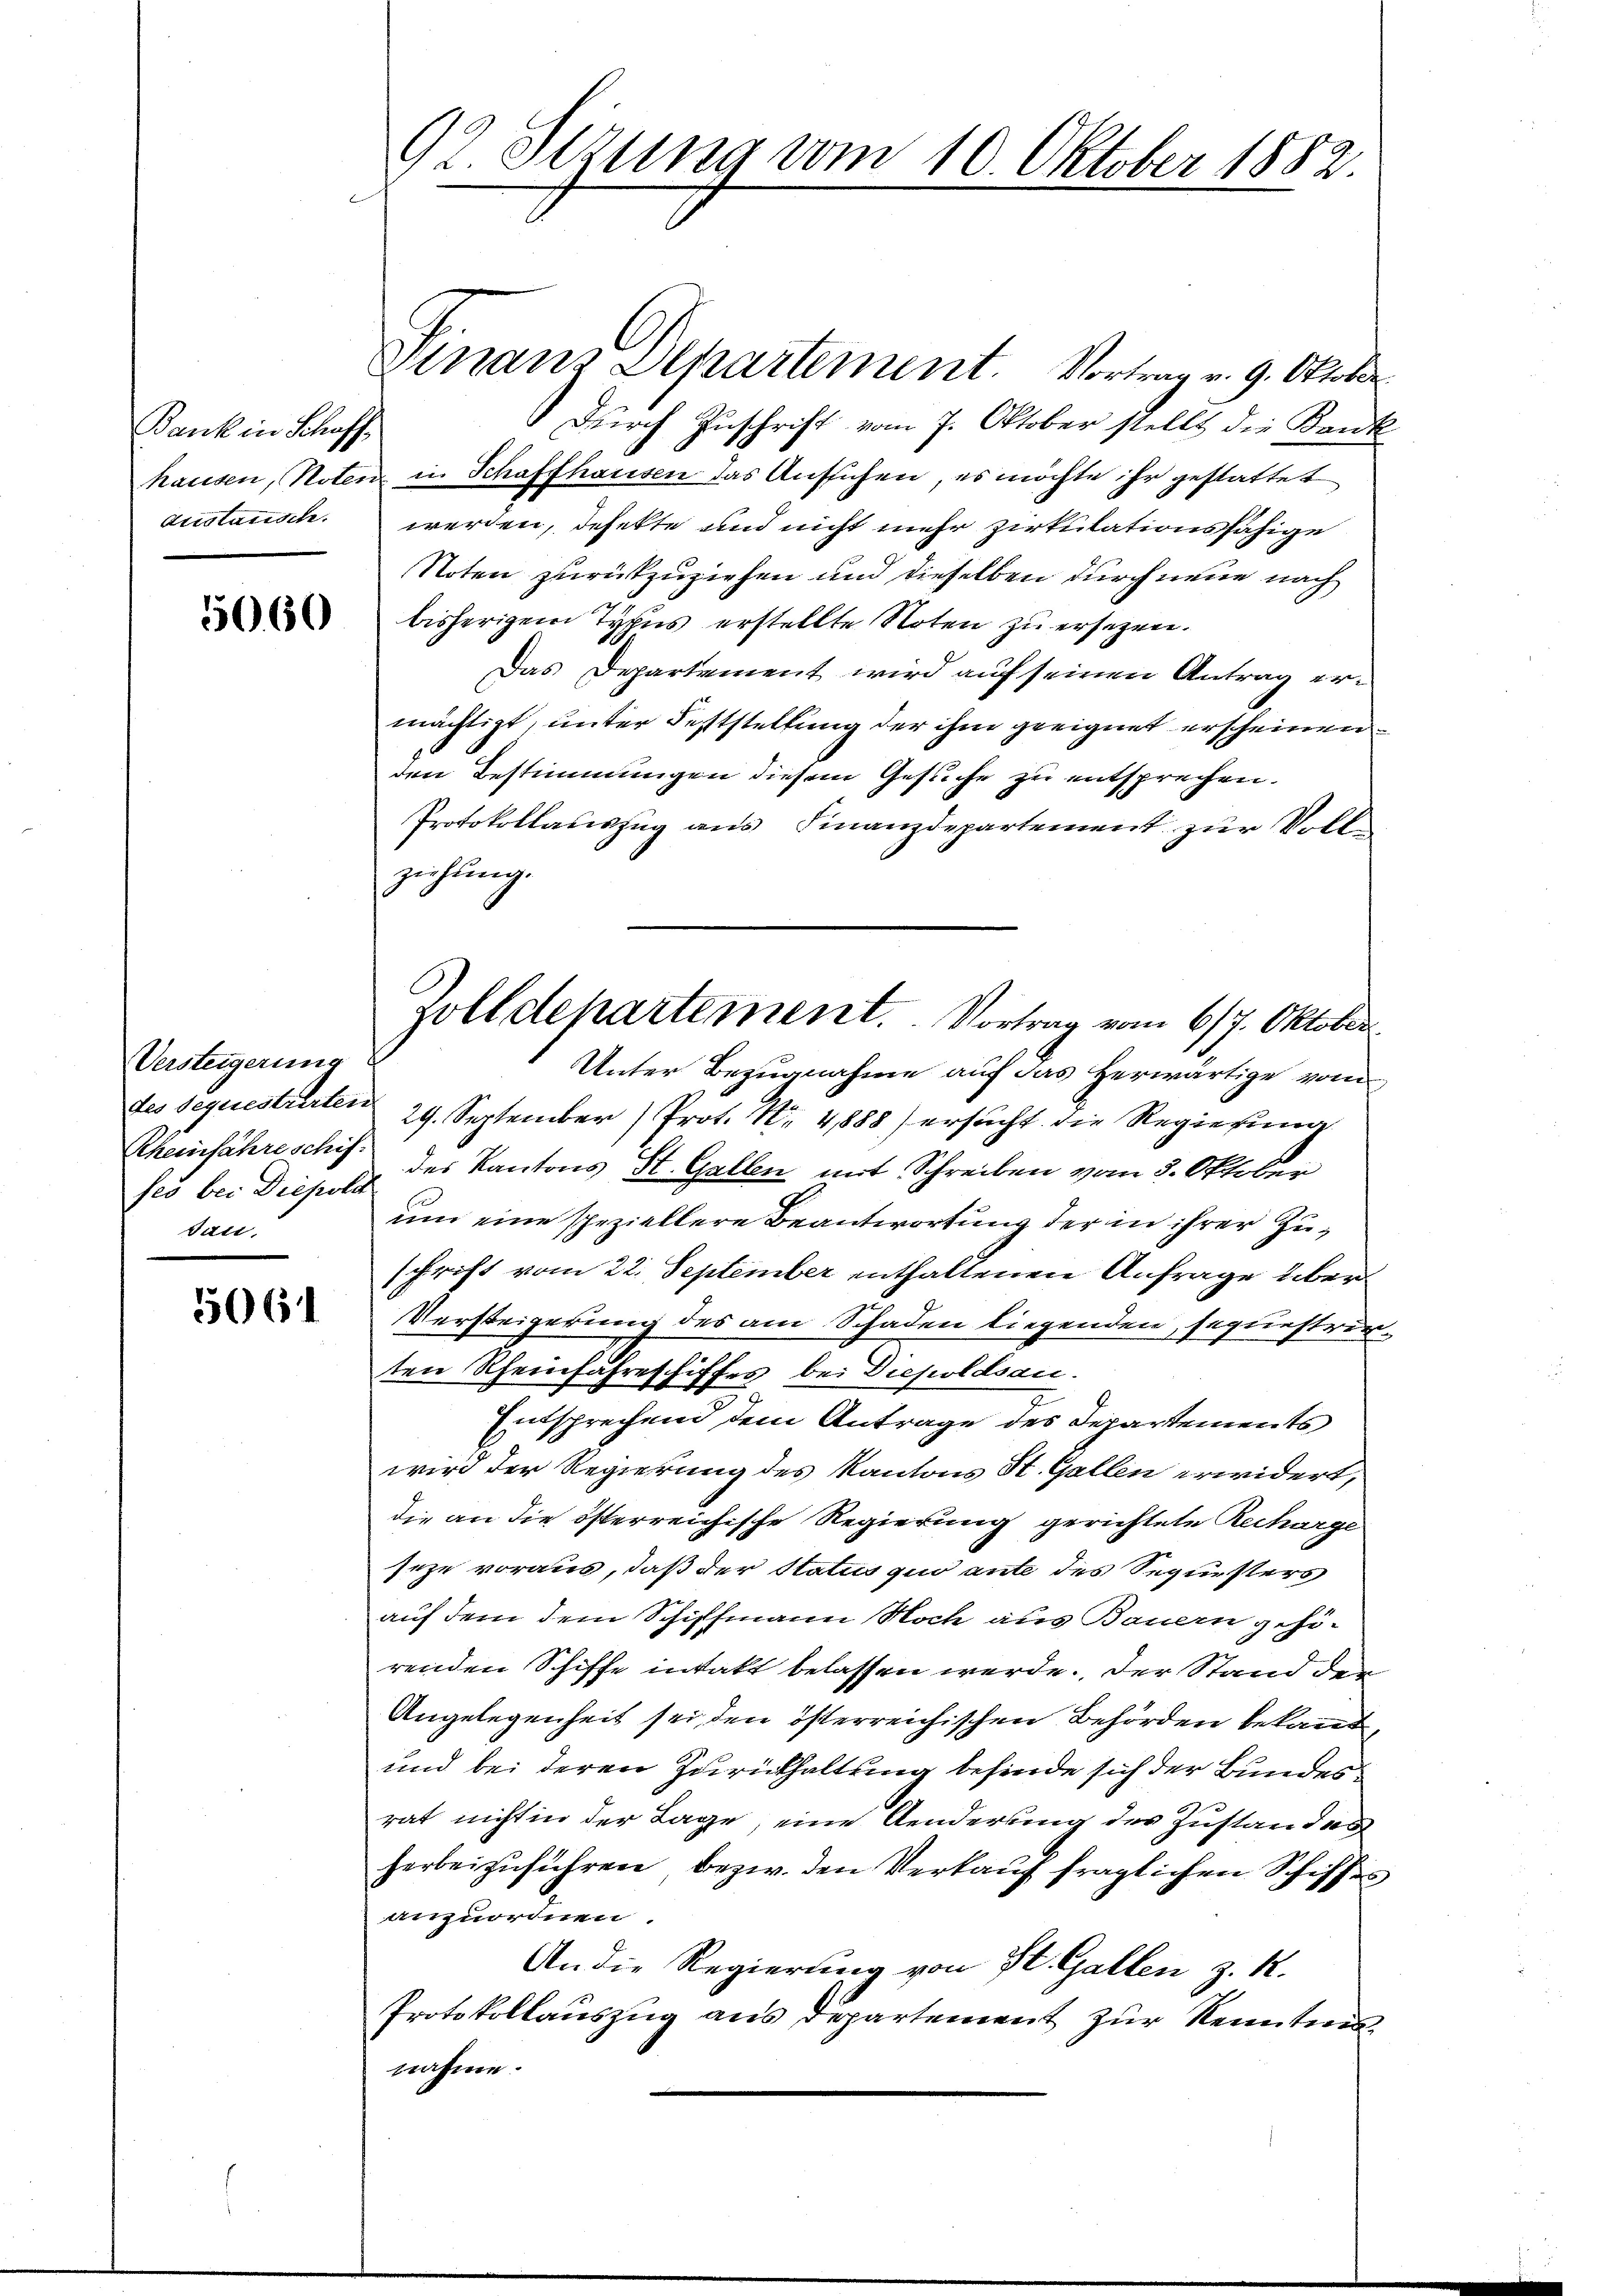
Bank in Schaff
Aristanische.

5060

Versteigerung
seo bei Diepola
Juni,

5064

92 Sezung vom 10. Oktober 1882

Finanz Separtement. Vortrag v. 9. Oktober
Dŭrch Zuschrift vom 7. Oktober stellt die Bank
hausen, Noten in Schaffhausen das Ansuchen, es möchte ihr gestattet
werden, defekte und nicht mehr zirkulationsfähige
Noten zurückzuziehen und dieselben durch neue nach
bisherigem Typus erstellte Noten zu ersezen.
Das Departement wird auf seinen Antrag ermächtigt, unter Feststellung der ihm geeignet erscheinen
den Bestimmungen diesem Gesuche zu entsprechen.
Protokollauszug aus Finanzdepartement zur Vollziehung.
Unter Bezugnahme auf das herwärtige vom
des Sequestrirten 29. September Prot. N. 4888) ersucht die Regierung
Rheinfahre schuf des Kantons St. Gallen mit Schreiben vom 3. Oktober
um eine speziellere Beantwortung der in ihrer Zuschrift vom 22. September enthaltenen Anfrage über¬
Versteigerung des am Schaden liegenden, sequestrirten Rheinfahreschiffes bei Diepoldsau.
Entsprechend dem Antrage des Departements
wird der Regierung des Kantons St. Gallen erwidert,
die an die österreichische Regierung gerichtete Recharge
seze voraus, daß der Status quo ante des Sequesters
auf dem dem Schiffmann Noch aus Bauern gehö-
renden Schiffe intakt belassen werde. Der Stand den
Angelegenheit sei, den österreichischen Behörden bekant,
und bei deren Zurückhaltung befinde sich der Bundesrat nicht in der Lage, eine Aenderung des Zustanden
herbeizuführen, bezw. den Verkauf fraglichen Schiffes
anzuordnen.
An die Regierung von St. Gallen z. R.
Protokollauszug aus Departement zur Kenntni
nahme.

Zolldepartement. Vortrag vom 6/7. Oktober.